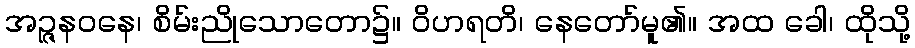
အဉ္ဇနဝနေ၊ စိမ်းညိုသောတော၌။ ဝိဟရတိ၊ နေတော်မူ၏။ အထ ခေါ၊ ထိုသို့